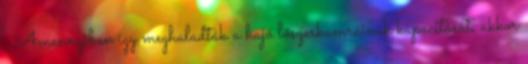
. Amennyiben így meghaladták a hajó lőszerkamráinak kapacitását, akkor